Bulletin of the Pasteur Institute of Southern India, Coonoor - No. 3.
Year: 1910
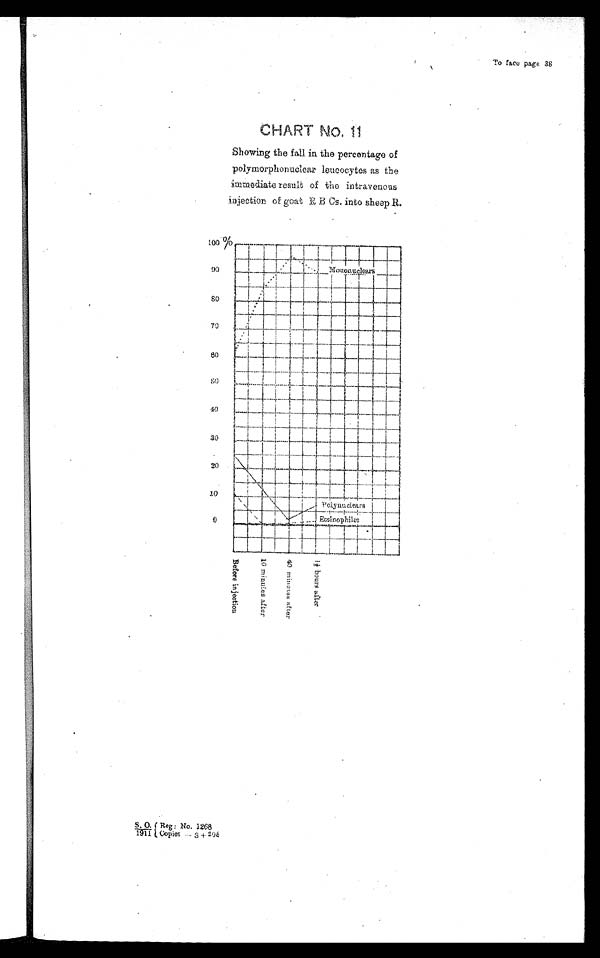
To face page. 38
CHART No. 11
Showing the fall in the percentage of
p o l y m o r p h o n u c l e a r l e u c o c y t e s a s
t h e
immediate result of the intravenous
injection of goat R B Cs. i n t o s h e e p R .
S. 0. . / 1911 Reg : No. 1268
Copies— 3 + 208